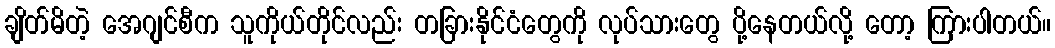
ချိတ်မိတဲ့ အေဂျင်စီက သူကိုယ်တိုင်လည်း တခြားနိုင်ငံတွေကို လုပ်သားတွေ ပို့နေတယ်လို့ တော့ ကြားပါတယ်။